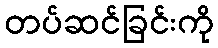
တပ်ဆင်ခြင်းကို